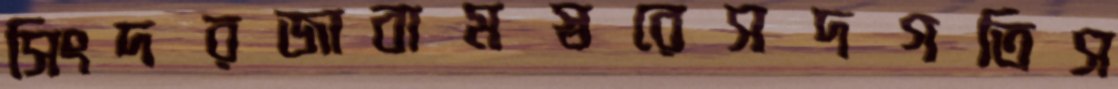
সিংদরজাবামস্বরেসদগতিস